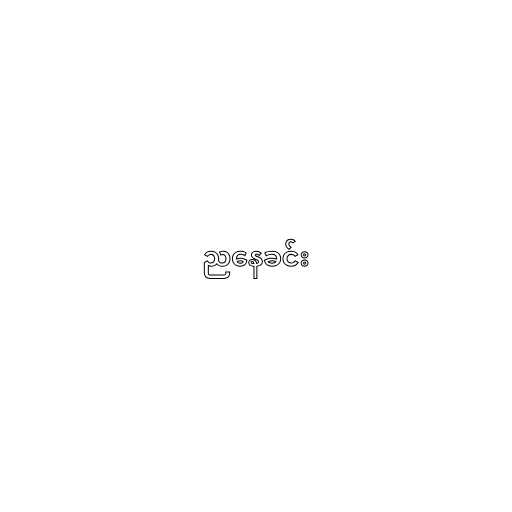
ညနေခင်း